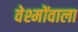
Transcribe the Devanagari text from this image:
वेश्मोंवाला